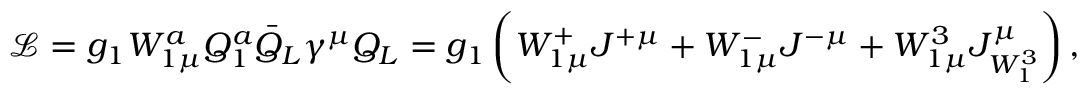
\mathcal { L } = g _ { 1 } W _ { 1 \mu } ^ { a } Q _ { 1 } ^ { a } \bar { Q } _ { L } \gamma ^ { \mu } Q _ { L } = g _ { 1 } \left( W _ { 1 \mu } ^ { + } J ^ { + \mu } + W _ { 1 \mu } ^ { - } J ^ { - \mu } + W _ { 1 \mu } ^ { 3 } J _ { W _ { 1 } ^ { 3 } } ^ { \mu } \right) ,